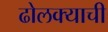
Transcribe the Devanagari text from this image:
ढोलक्याची